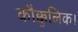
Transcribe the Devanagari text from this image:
कौक्कुलिक।